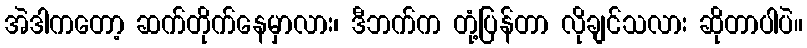
အဲဒါကတော့ ဆက်တိုက်နေမှာလား၊ ဒီဘက်က တုံ့ပြန်တာ လိုချင်သလား ဆိုတာပါပဲ။